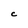
Character: c